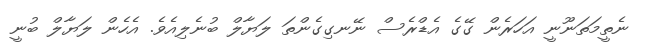
ނެތީމަތަނޫނީ އަހަރެން ގޭގެ އެޑްރެސް ނޭނގިގެންތަ ލަޔާލް ބުނެލިއެވެ. އެހެން ލަޔާލް ބުނީ